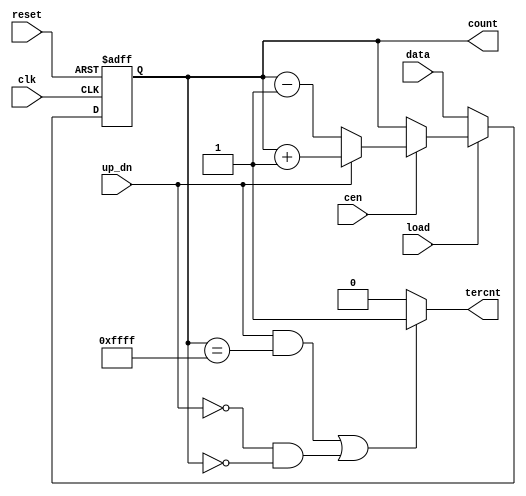
// $Id: DW8051_updn_ctr.v,v 1.1 1996/07/25 17:43:48 gina Exp $
//------------------------------------------------------------------------------
//
//        This confidential and proprietary software may be used only           
//     as authorized by a licensing agreement from Synopsys Inc.                
//     In the event of publication, the following notice is applicable:         
//                                                                              
//                    (C) COPYRIGHT 1996   SYNOPSYS INC.                        
//                          ALL RIGHTS RESERVED                                 
//                                                                              
//        The entire notice above must be reproduced on all authorized          
//       copies.                                                                
//
//
//
// ABSTRACT: Synchronous Up/Down Counter
//           parameterizable wordlength (width > 0)
//	     clk	- positive edge-triggering clock
//           reset	- asynchronous reset (active low)
//           data	- data load input
//	     cen	- counter enable
//	     count	- counter state	
//
// MODIFIED: 
//      L.Rieder        21.03.96        Adopted from DW03 to DW8051 environment
//      L.Rieder        29.05.96        Verilog version for fixed width of 16
//                                      created
//          
//      Gina Ngo        11.20.96        Fixed star 38722: added header
//	Bala Needamangalam
//			May 20,98	Converted GTECH instantiations to HDL.
//                      July 20,1999    Removed all DesignWare-Foundation 
//                                      license checkout commands.
//------------------------------------------------------------------------------


module DW8051_updn_ctr    (data,
                           up_dn,
                           load,
                           cen,
                           clk,
                           reset,
                           count,
                           tercnt
			   );
 parameter width = 16;
 
 input [(width-1):0] data;
 input up_dn;
 input load;
 input cen;
 input clk;
 input reset;
 output [(width-1):0] count;
 output tercnt;

//------------------------------------------------------------------------------
wire [(width-1):0] count;
wire tercnt;
wire [(width-1):0] max_count;

//---------------
// local signals:
//---------------
reg [(width-1):0] ctr_state;
wire [(width-1):0] next_state;
 
//------------------------------------------------------------------------------

  assign max_count = ( 1 << width) - 1;

  assign next_state = (load == 0) ? data : 
		      ((cen == 0) ? ctr_state :
		      ((up_dn == 1) ? (ctr_state + 1) : (ctr_state - 1)));
  
  always @(posedge clk or negedge reset)
    if (!reset)
      ctr_state <= 0;
    else
      ctr_state <= next_state;

  assign  count  = ctr_state;
  assign tercnt = ((up_dn == 1 && ctr_state == max_count) ||
		   (up_dn == 0 && ctr_state == 0)) ? 1 : 0;
endmodule